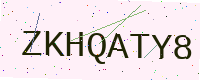
Text: ZKHQATY8